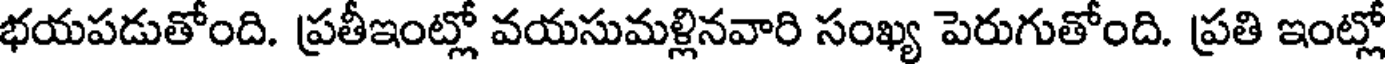
భయపడుతోంది. ప్రతీఇంట్లో వయసుమళ్లినవారి సంఖ్య పెరుగుతోంది. ప్రతి ఇంట్లో